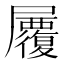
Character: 𡳷